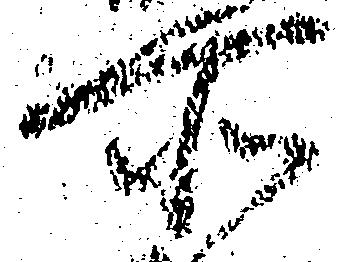
所